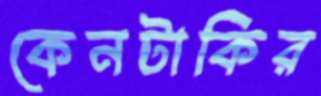
কেনটাকির